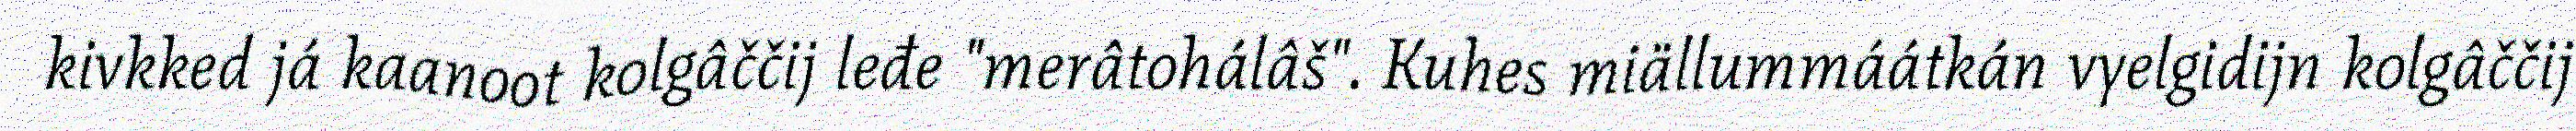
kivkked já kaanoot kolgâččij leđe "merâtohálâš". Kuhes miällummáátkán vyelgidijn kolgâččij